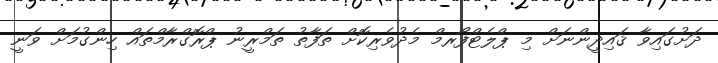
ދަށުގައިވާ ޤައިދީންނަށް މި ޕްލެޓްފޯރމް މެދުވެރިކޮށް ތަފާތު ތަމްރީނު ޕްރޮގްރާމްތައް ހިންގުމަށް ވަނީ